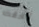
أخفت